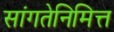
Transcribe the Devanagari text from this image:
सांगतेनिमित्त